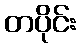
တပိုင်း